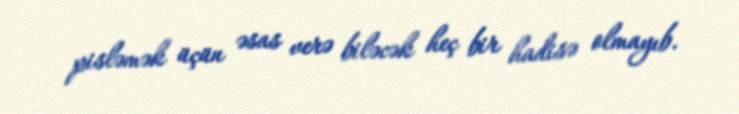
pisləmək üçün əsas verə biləcək heç bir hadisə olmayıb.